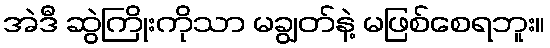
အဲဒီ ဆွဲကြိုးကိုသာ မချွတ်နဲ့ မဖြစ်စေရဘူး။